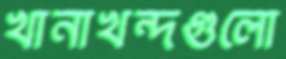
খানাখন্দগুলো